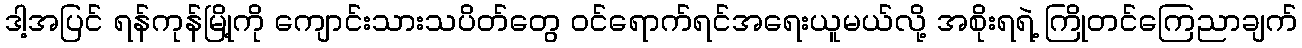
ဒါ့အပြင် ရန်ကုန်မြို့ကို ကျောင်းသားသပိတ်တွေ ဝင်ရောက်ရင်အရေးယူမယ်လို့ အစိုးရရဲ့ ကြိုတင်ကြေညာချက်